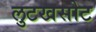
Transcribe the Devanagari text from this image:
लुटखसोट